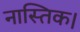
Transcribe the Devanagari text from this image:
नास्तिक।